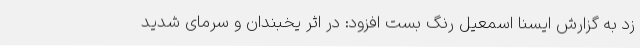
زد به گزارش ایسنا اسمعیل رنگ بست افزود: در اثر یخبندان و سرمای شدید